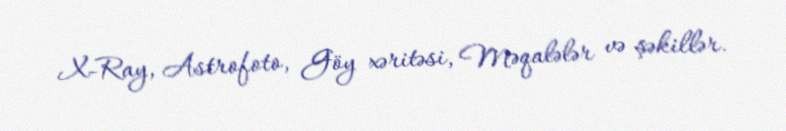
X-Ray, Astrofoto, Göy xəritəsi, Məqalələr və şəkillər.